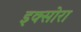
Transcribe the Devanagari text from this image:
इक्सोरा